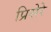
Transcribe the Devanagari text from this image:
प्रिसेरे